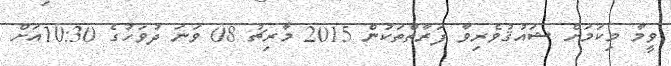
ވީމާ މިކަމަށް ޝައުޤުވެރިވާ ފަރާތްތަކުން 2015 މާރިޗު 08 ވަނަ ދުވަހުގެ 10:30އަށް